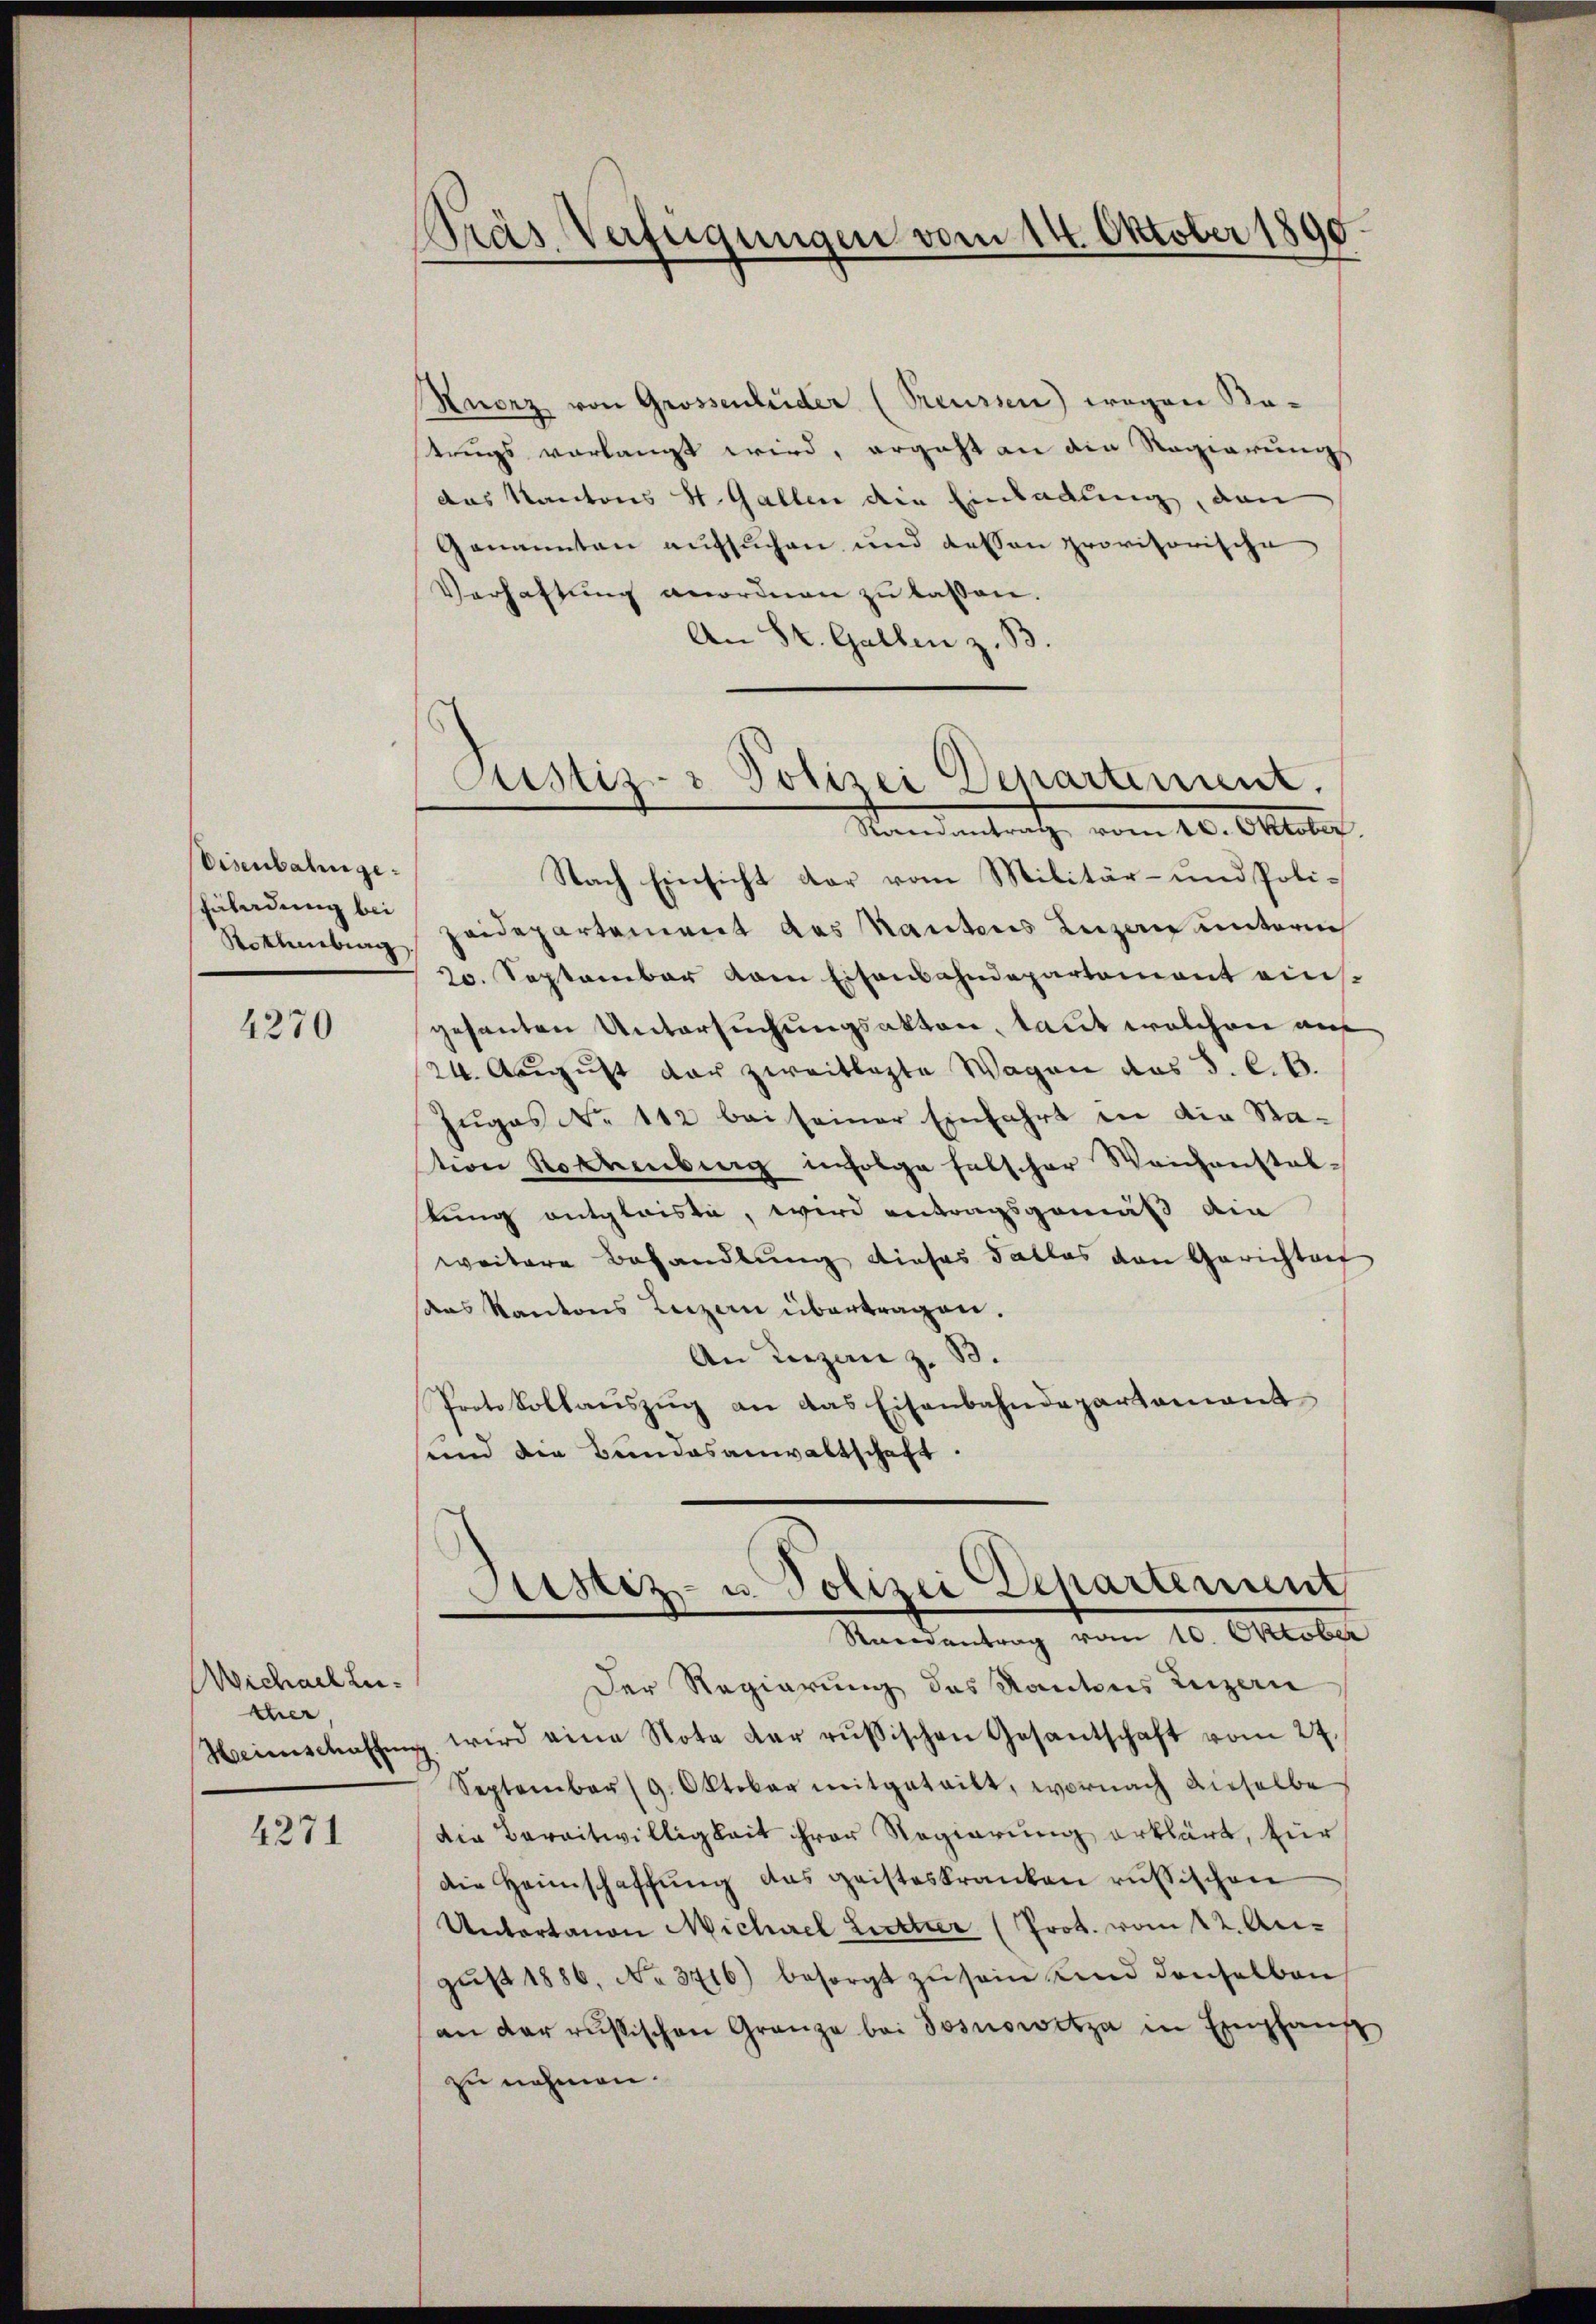
Disenbahnge¬
Enladung bei
Notmübung

4270

Wichael Luther

4271

¬
Gras Verfügungen vom 14. Oktober 1890

Kuorz von Grossenluder (Preussen) wegen Batrugs vorlangt wird, ergeht an die Regierungs
das Kantons St. Gallen die Einladung, dan
Genannten aufsuchen und dessen provisorische
Verhaftung anordnen zu lassen.
An St. Gallen z. B.

Nach Einsicht dar vom Militär- und Poli¬
Heidepartement des Kautens Luzern unterm
20. September kain Eisenbahndepartement einsgesanten Untersuchungsakten, laut welchen auf
24. August der zweitlagte Wagen das J. C. B.
Zugos No 112 bei seiner Einfahrt in die Station Rottenberg infolge falscher Weichenstaltung entglaiste, wird antragsgemäß die
weitere Behandlung dieses Falles von Gerichtet
das Kantons Luzern übertragen.
An Liezen z. B.
Protokollauszug an das Eisenbahndepartament
sund die Bundesanwaltschaft.

Pustiz- & Polizei Departement.
Mandantrathe vom 20. Oktober.

Justiz- u. Polizei Departerun
Randantrag vom 10. Oktober

Der Regierung des Kantons Luzern
Heimschaffŭng wird eine Nota der russischen Gesantschaft vom 27.
September (9. Oktober mitgeteilt, wornach dieselbe
die Bereitwilligkeit ihrer Regierung erklärt, zur
die Heimschaffŭng das geisteskranken russischen
Untertanen Michael Lutter (Prot. vom 12. Augŭst 1886, No. 3716) besorgt zŭ sein und denselben
an der russischen Granze bei Tosnowitza in Empfang
zu nehmen.